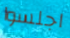
اجلسوا